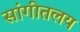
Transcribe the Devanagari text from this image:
सांगीतलय